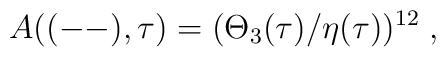
A((--),\tau) = (\Theta_3 (\tau)/ \eta(\tau))^{12}\;,